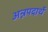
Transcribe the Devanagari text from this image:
अन्नपदार्थे